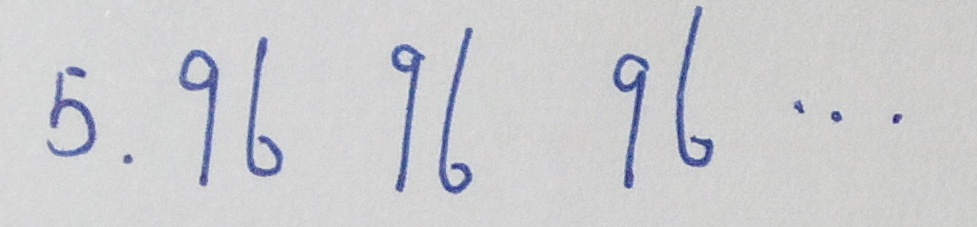
5 . 9 6 9 6 9 6 \cdots